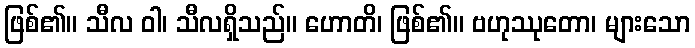
ဖြစ်၏။ သီလ ဝါ၊ သီလရှိသည်။ ဟောတိ၊ ဖြစ်၏။ ဗဟုဿုတော၊ များသော